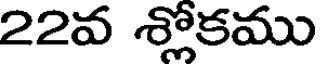
22వ శ్లోకము